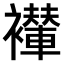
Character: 𫌖